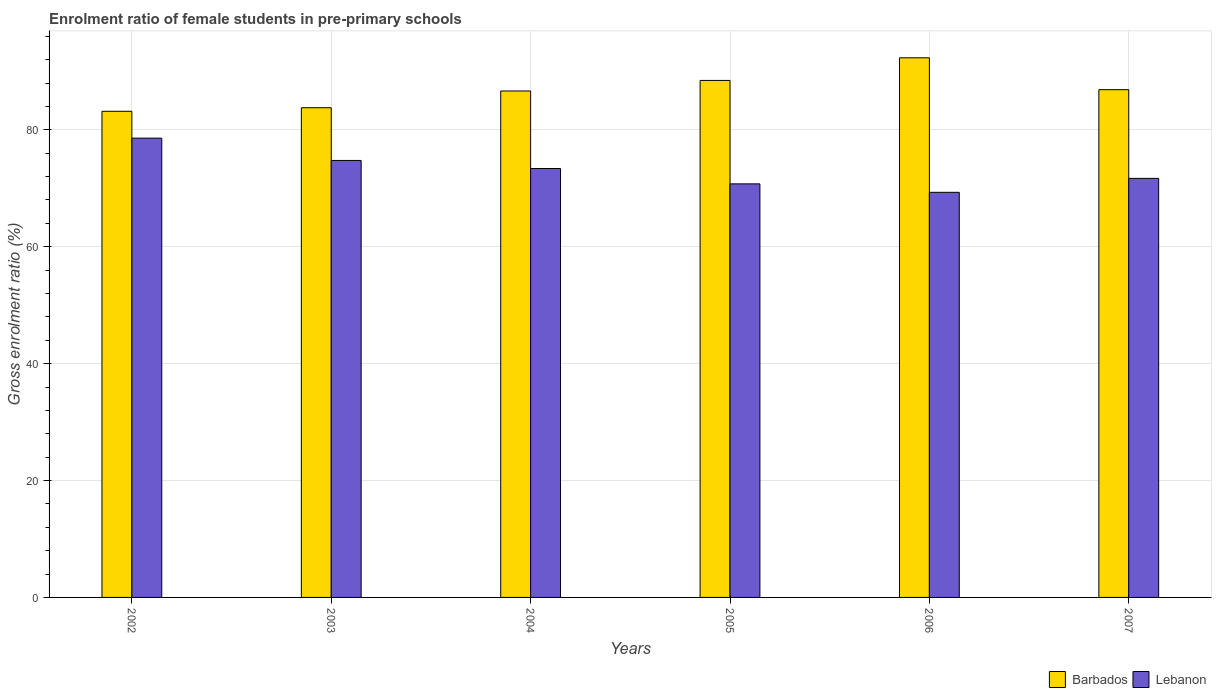
| Years | Barbados | Lebanon |
 | --- | --- | --- |
 | 2002 | 83.2 | 78.6 |
 | 2003 | 83.8 | 74.8 |
 | 2004 | 86.6 | 73.4 |
 | 2005 | 88.5 | 70.8 |
 | 2006 | 92.3 | 69.3 |
 | 2007 | 86.9 | 71.7 |